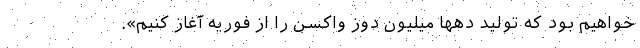
خواهیم بود که تولید دهها میلیون دوز واکسن را از فوریه آغاز کنیم».